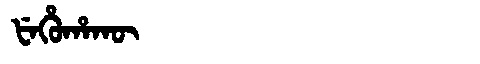
Manchu: ᡶᡝᡥᡠᡥᠠᡴᡡ
Romanization: FEHUHAKŪ